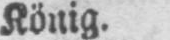
König.